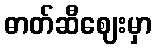
ဓာတ်ဆီဈေးမှာ